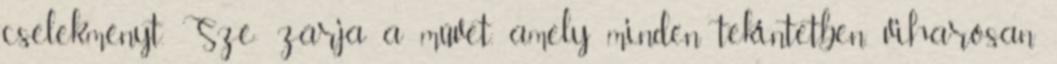
cselekményt. Szé- zárja a művet, amely minden tekintetben, viharosan